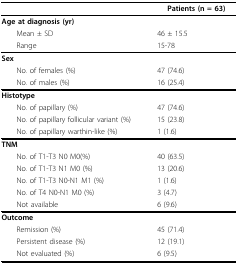
<table><thead><tr><td></td><td><b>Patients (n = 63)</b></td></tr></thead><tbody><tr><td><b>Age at diagnosis (yr)</b></td><td></td></tr><tr><td> Mean ± SD</td><td>46 ± 15.5</td></tr><tr><td> Range</td><td>15-78</td></tr><tr><td><b>Sex</b></td><td></td></tr><tr><td> No. of females (%)</td><td>47 (74.6)</td></tr><tr><td> No. of males (%)</td><td>16 (25.4)</td></tr><tr><td><b>Histotype</b></td><td></td></tr><tr><td> No. of papillary (%)</td><td>47 (74.6)</td></tr><tr><td> No. of papillary follicular variant (%)</td><td>15 (23.8)</td></tr><tr><td> No. of papillary warthin-like (%)</td><td>1 (1.6)</td></tr><tr><td><b>TNM</b></td><td></td></tr><tr><td> No. of T1-T3 N0 M0(%)</td><td>40 (63.5)</td></tr><tr><td> No. of T1-T3 N1 M0 (%)</td><td>13 (20.6)</td></tr><tr><td> No. of T1-T3 N0-N1 M1 (%)</td><td>1 (1.6)</td></tr><tr><td> No. of T4 N0-N1 M0 (%)</td><td>3 (4.7)</td></tr><tr><td> Not available</td><td>6 (9.6)</td></tr><tr><td><b>Outcome</b></td><td></td></tr><tr><td> Remission (%)</td><td>45 (71.4)</td></tr><tr><td> Persistent disease (%)</td><td>12 (19.1)</td></tr><tr><td> Not evaluated (%)</td><td>6 (9.5)</td></tr></tbody></table>